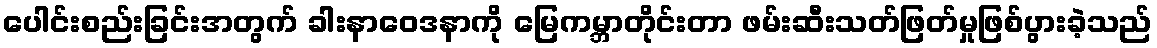
ပေါင်းစည်းခြင်းအတွက် ခါးနာဝေဒနာကို မြေကမ္ဘာတိုင်းတာ ဖမ်းဆီးသတ်ဖြတ်မှုဖြစ်ပွားခဲ့သည်